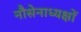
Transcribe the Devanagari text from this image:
नौसेनाध्यक्षों